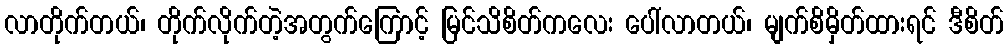
လာတိုက်တယ်၊ တိုက်လိုက်တဲ့အတွက်ကြောင့် မြင်သိစိတ်ကလေး ပေါ်လာတယ်၊ မျက်စိမှိတ်ထားရင် ဒီစိတ်